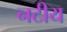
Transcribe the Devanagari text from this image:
नटीय